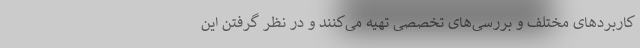
کاربردهای مختلف و بررسی‌های تخصصی تهیه می‌کنند و در نظر گرفتن این